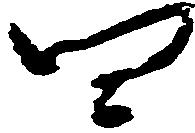
四